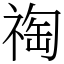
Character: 祹